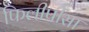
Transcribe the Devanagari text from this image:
फिलीपींसा